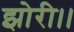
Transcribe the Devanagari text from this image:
झोरी।।